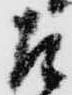
左